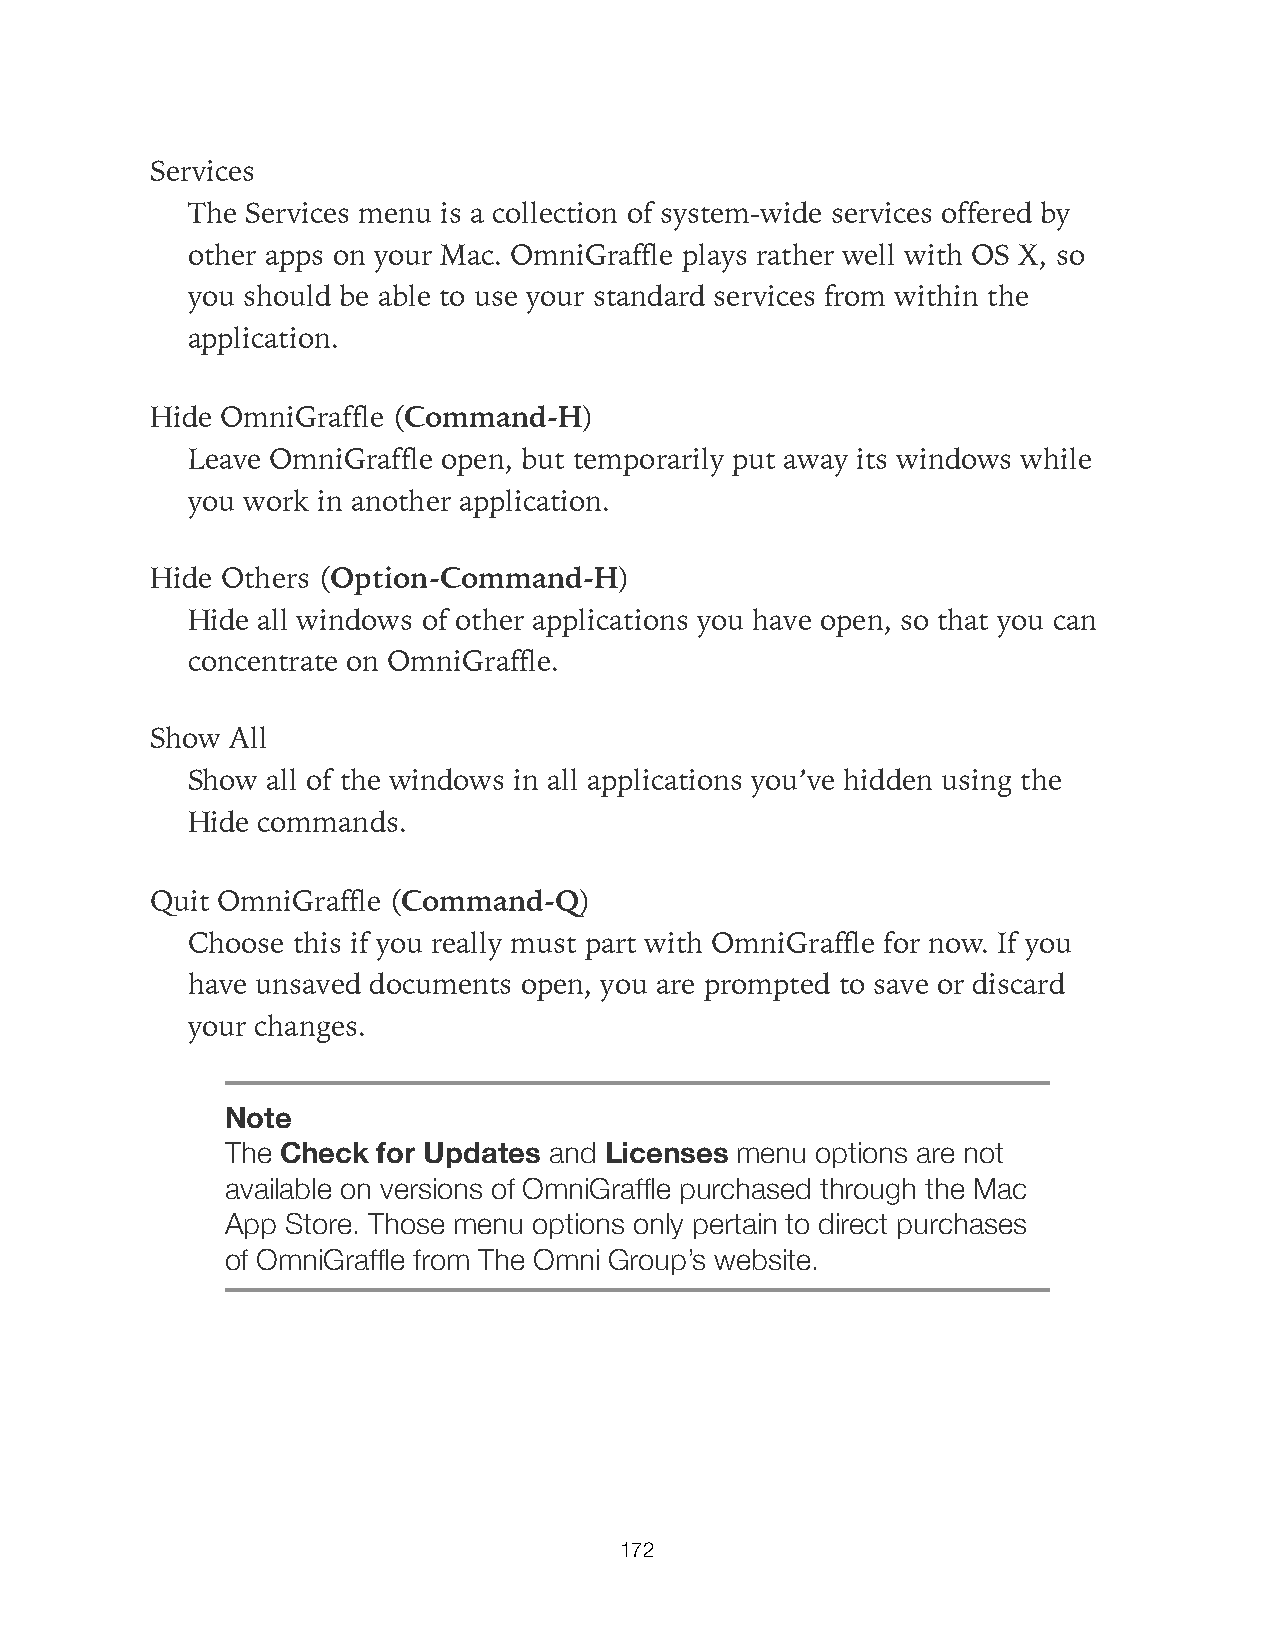
Services
 The Services menu is a collection of system-wide services offered by
 other apps on your Mac. OmniGraffle plays rather well with OS X, so
 you should be able to use your standard services from within the
 application.
 Hide OmniGraffle (Command-H)
 Leave OmniGraffle open, but temporarily put away its windows while
 you work in another application.
 Hide Others (Option-Command-H)
 Hide all windows of other applications you have open, so that you can
 concentrate on OmniGraffle.
 Show All
 Show  all of the windows in all applications you’ve hidden using the
 Hide commands.
 Quit OmniGraffle (Command-Q)
 Choose this if you really must part with OmniGraffle for now. If you
 have unsaved documents open, you are prompted to save or discard
 your changes.
 Note
 The Check for Updates and Licenses menu options are not
 available on versions of OmniGraffle purchased through the Mac
 App Store. Those menu options only pertain to direct purchases
 of OmniGraffle from The Omni Group’s website.
 172